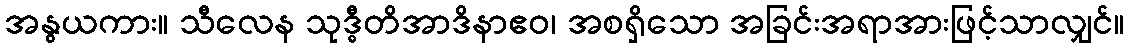
အနွယကား။ သီလေန သုဒ္ဓီတိအာဒိနာဧဝ၊ အစရှိသော အခြင်းအရာအားဖြင့်သာလျှင်။